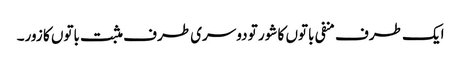
ایک طرف منفی باتوں کا شور تو دوسری طرف مثبت باتوں کا زور۔